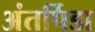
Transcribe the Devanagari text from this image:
अंतर्पिडा